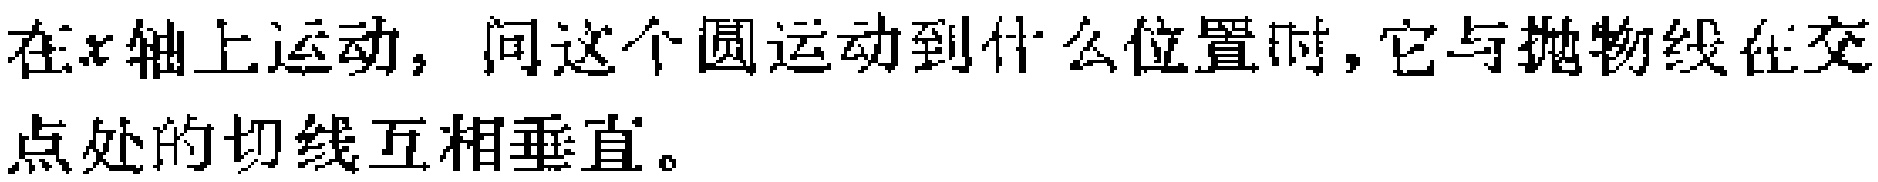
在\(x\)轴上运动，问这个圆运动到什么位置时，它与抛物线在交点处的切线互相垂直。